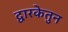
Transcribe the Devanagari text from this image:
द्वारकेतुन